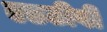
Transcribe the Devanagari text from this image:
एडटीवी